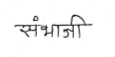
मजकूर: संभाजी